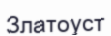
Златоуст